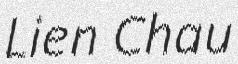
Lien Chau